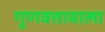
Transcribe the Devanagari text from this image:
गुणवत्तावाला